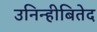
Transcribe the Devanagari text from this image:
उनिन्हीबितेद